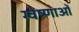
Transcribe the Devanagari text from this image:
ग्वेष्णाओं